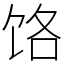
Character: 饹